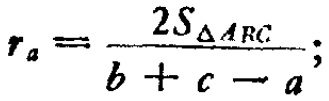
$r_{a}=\frac{2S_{\triangle ABC}}{b + c - a};$